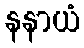
နနာယံ